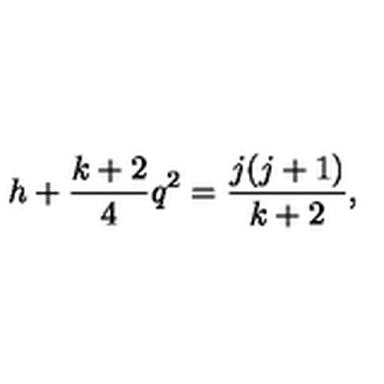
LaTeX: h + \frac { k + 2 } { 4 } q ^ { 2 } = \frac { j ( j + 1 ) } { k + 2 } ,